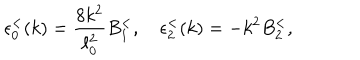
LaTeX: \epsilon _ { 0 } ^ { < } ( k ) = { \frac { 8 k ^ { 2 } } { \ell _ { 0 } ^ { 2 } } } B _ { 1 } ^ { < } , \quad \epsilon _ { 2 } ^ { < } ( k ) = - k ^ { 2 } B _ { 2 } ^ { < } ,